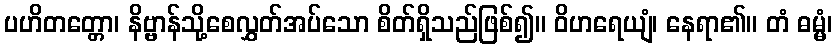
ပဟိတတ္တော၊ နိဗ္ဗာန်သို့စေလွှတ်အပ်သော စိတ်ရှိသည်ဖြစ်၍။ ဝိဟရေယျံ၊ နေရာ၏။ တံ ဓမ္မံ၊